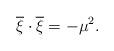
LaTeX: \begin{align*}\overline{\xi}\cdot\overline{\xi}=-\mu^ 2 .\end{align*}